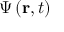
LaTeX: \Psi \left( \mathbf { r } , t \right) \,